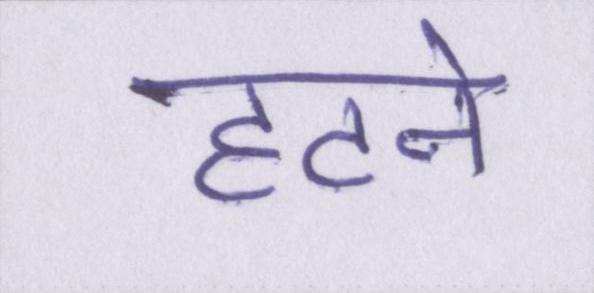
हटने